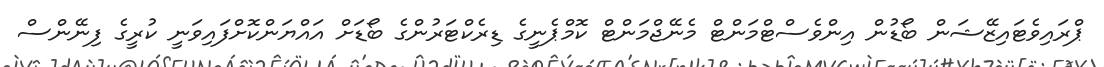
ޕްރައިވެޓައިޒޭޝަން ބޯޑުން އިންވެސްޓްމަންޓް މެނޭޖްމަންޓް ކޮމްޕެނީގެ ޑިރެކްޓަރުންގެ ބޯޑަށް އައްޔަންކޮށްފައިވަނީ ކުރީގެ ފިނޭންސް